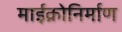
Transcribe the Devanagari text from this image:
माईक्रोनिर्माण